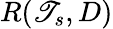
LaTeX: R(\mathscr{T}_{s},D)